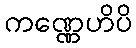
ကဏ္ဏေဟိပိ